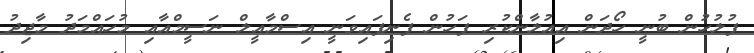
ފުލުހުން ބުނީ ހޯދަން އިއުލާންކުރި ފަހުން ފެނިފައިވަނީ އިސްމާއީލް ނަސީމްއާއި މުހައްމަދު މާޖިދު